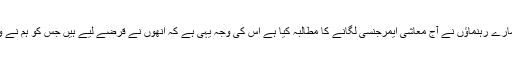
انھوں نے کہا کہ ہمارے رہنماؤں نے آج معاشی ایمرجنسی لگانے کا مطالبہ کیا ہے اس کی وجہ یہی ہے کہ انھوں نے قرضے لیے ہیں جس کو ہم نے واپس بھی کرنا ہے۔